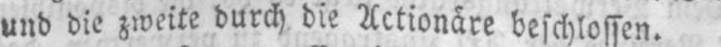
und die zweite durch die Actionäre beschlossen.